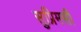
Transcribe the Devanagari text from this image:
सुप्रिमसी